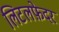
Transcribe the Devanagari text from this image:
लिटलफ़ेदर